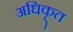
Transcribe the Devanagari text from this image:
अधिकृ्त